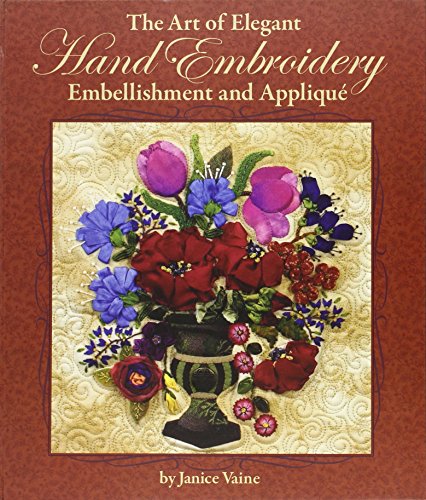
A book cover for The Art of Elegant Hand Embroidery, Embellishment and Applique; Janice Vaine; Crafts, Hobbies & Home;